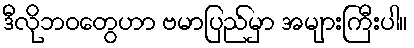
ဒီလိုဘဝတွေဟာ ဗမာပြည်မှာ အများကြီးပါ။